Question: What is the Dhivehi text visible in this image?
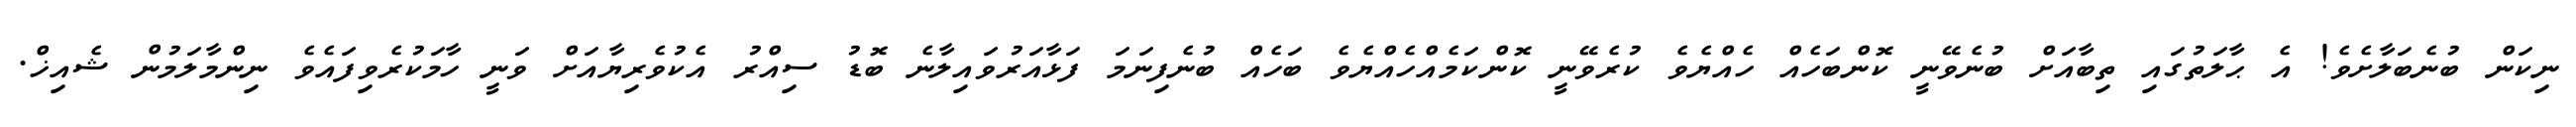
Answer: ނިކަން ބުނެބަލާށެވެ! އެ ޙާލަތުގައި ތިބާއަށް ބުނެވޭނީ ކޮންބަހެއް ހެއްޔެވެ ކުރެވޭނީ ކޮންކަމެއްހެއްޔެވެ ބަހެއް ބުނެފިނަމަ ފަޅާއަރުވައިލާނެ ބޮޑު ސިއްރު އެކުވެރިޔާއަށް ވަނީ ހާމަކުރެވިފައެވެ ނިންމާލަމުން ޝެއިޚް.